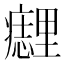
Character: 𰤈